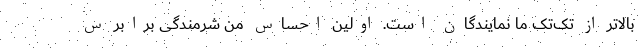
بالاتر از تک‌تک ما نمایندگان است. ‌اولین احساس من شرمندگی برابر س